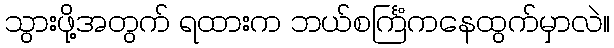
သွားဖို့အတွက် ရထားက ဘယ်စင်္ကြံကနေထွက်မှာလဲ။